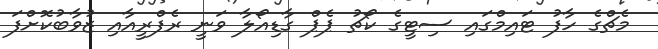
މެޗްގެ ހާފު ޓައިމްގައި ސިޓީގެ ކޯޗު ޕެޕް ގާޑިއޯލާ ވަނީ ރެފްރީއާއި ޒުވާބުކޮށްފަ